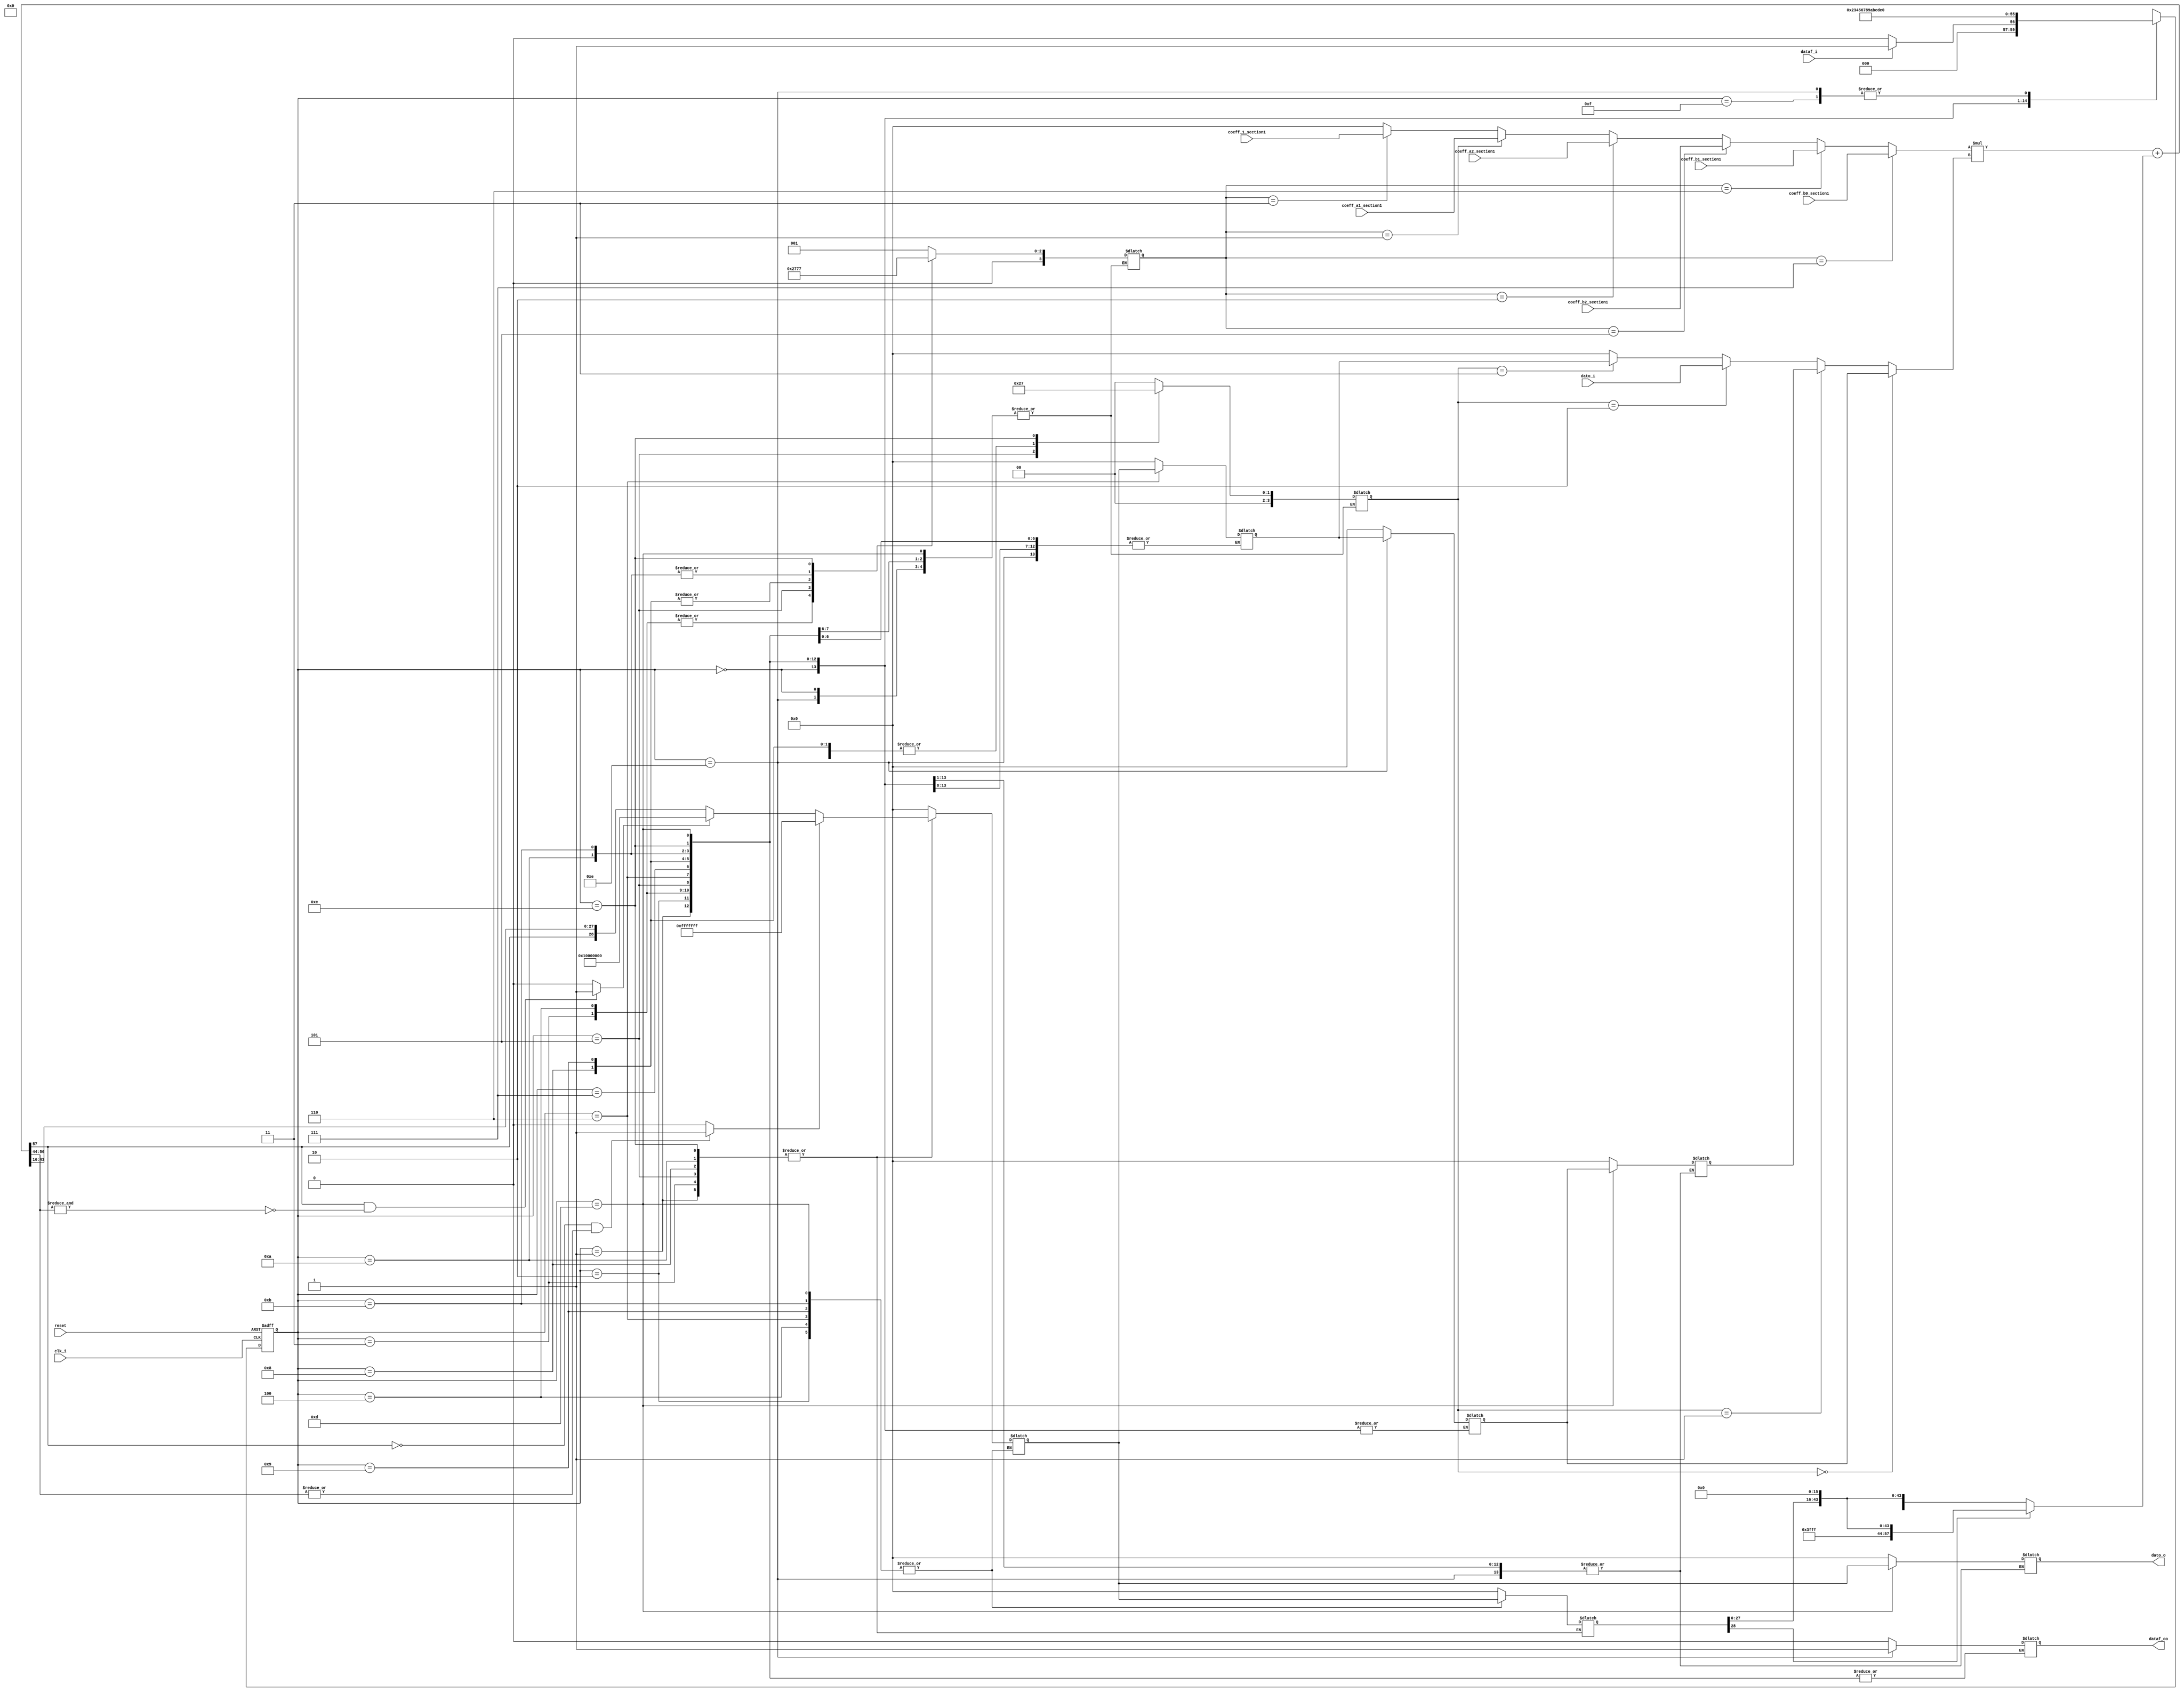
module FiltroPasa(dato_i,dato_o,clk_i,reset,dataf_i,dataf_oo, coeff_b0_section1 ,coeff_b1_section1 , coeff_b2_section1 ,coeff_a1_section1 ,coeff_a2_section1 ,coeff_1_section1


    );
	 output wire dataf_oo;
	 reg dataf_o;
	 input wire clk_i;
	 input dataf_i;
	 input wire reset;
	 
	 input wire signed [WIDTH-1:0] coeff_b0_section1;
	 input wire signed [WIDTH-1:0] coeff_b1_section1;
	 input wire signed [WIDTH-1:0] coeff_b2_section1;
	 input wire signed [WIDTH-1:0] coeff_a1_section1;
	 input wire signed [WIDTH-1:0] coeff_a2_section1;
	 input wire signed [WIDTH-1:0] coeff_1_section1;
	 
	 parameter FRA=16;
	 parameter INT=12;
	 parameter WIDTH=29;
	 //A[]=S[1],E[12],F[16] 
	 
	 reg signed [WIDTH-1:0] Reg1,Reg2;
	 wire overflow, underflow;
	 reg [3:0] muxselect1, muxselect2;
	 wire signed [2*WIDTH-1:0] result_mul_sum;
	 wire signed [2*WIDTH-1:0] result_concatenation;
	 wire signed  [WIDTH-1:0] truncate ;
	 reg signed  [WIDTH-1:0]Regacu;
	 input signed  [WIDTH-1:0] dato_i;
	 reg signed  [WIDTH-1:0] f_k, y_k;
	 wire signed [WIDTH-1:0]out1,out2;
	 output wire signed[WIDTH-1:0]dato_o;
	 //reg [WIDTH-1:0] Regacu;   /// System Accumulator
	 reg signed [WIDTH-1:0] Regsum;   /// System Accumulator
	 ///////////////////////////////////////////////////////////////
	 reg [3:0] state_reg, state_next;
	 localparam[3:0]
		state_start=4'b0000, 
		state_m1=4'b0001, state_m1_1=4'b0010,
		state_m2=4'b0011,  state_m2_2=4'b0100,
		state_m3=4'b0101, state_f_k=4'b0110, state_clean=4'b0111,
		state_m4=4'b1000, state_m4_4=4'b1001,
		state_m5=4'b1010, state_m5_5=4'b1011,
		state_m6=4'b1100, state_RegChange1=4'b1101,
		state_RegChange2=4'b1110, state_reset=4'b1111;
//////////////////////Parameter/////////////////////////////////
///PONER VARIABLES CORREGIDAS, CON ANCHO NUEVO
		 /* parameter signed [WIDTH-1:0] coeff_b0_section1 = 29'sb00000000000000000000000001101; //sfix28_En26
		  parameter signed [WIDTH-1:0] coeff_b1_section1 =   29'sb00000000000000000000000011010; //sfix28_En26
		  parameter signed [WIDTH-1:0] coeff_b2_section1 =   29'sb00000000000000000000000001101; //sfix28_En26
		  parameter signed [WIDTH-1:0] coeff_a1_section1 =   29'sb00000000000001111010111100011; //sfix28_En29
		  parameter signed [WIDTH-1:0] coeff_a2_section1 =   29'sb11111111111100000101000111101; //sfix28_En29		
		  parameter signed [WIDTH-1:0] coeff_1_section1 =    29'sb00000000000010000000000000000; //sfix28_En29	*/		
///////////////////MUX 1 /////////////////////////////////////////


	assign out1= (muxselect1==3'b111) ? coeff_b0_section1:
					 (muxselect1==3'b110) ? coeff_b1_section1:
					 (muxselect1==3'b101) ? coeff_b2_section1:
					 (muxselect1==3'b010) ? coeff_a2_section1:
					 (muxselect1==3'b001) ? coeff_a1_section1:
					 (muxselect1==3'b011) ? coeff_1_section1:
					 29'sb0;
					 
////////////////////MUX 2 //////////////////////////////////////////
	assign out2 =(muxselect2==3'b000) ? Reg1:
					 (muxselect2==3'b001) ? Reg2:
					 (muxselect2==3'b010) ? dato_i:
					 (muxselect2==3'b011) ? f_k:
					 29'sb0;
//////////////////////////////////////////////////////////////////////		
///////////////////////////////////////////////////////////////////////////////////////////////////////////////////////
//***********************Banderas************************************************************************************
	assign overflow = (~result_mul_sum[2*WIDTH-1] && |result_mul_sum[2*WIDTH-2:2*WIDTH-2-INT]) ? 1'b1  :  1'b0;//GENERA BANDERA DE OVERFLOW
	assign underflow = (result_mul_sum[2*WIDTH-1] && ~(&result_mul_sum[2*WIDTH-2:2*WIDTH-2-INT])) ? 1'b1  :  1'b0; //GENERA BANDERA DE UNDERFLOW
//*******************************Redondeo y truncamiento******************************************************//
	assign truncate= (overflow) ?  (29'sh0fffffff) :
							(underflow) ? (29'sh10000000) :
							$signed({result_mul_sum[2*WIDTH-1],result_mul_sum[2*WIDTH-INT-3:2*WIDTH-2*INT-2],result_mul_sum[2*WIDTH-2*INT-3:2*WIDTH-2*INT-FRA-2]});	
///////////////////ojo con el regacu//////////////////////////////////
	
	//assign regacu=truncate;
	assign dato_o=y_k;
	assign dataf_oo=dataf_o;
	
	assign result_concatenation=(Regacu[WIDTH-1]==1'b0)? $signed({14'h0,Regacu[WIDTH-2:0],16'b0}):$signed({14'h3fff,Regacu[WIDTH-2:0],16'b0});  
	//assign y_k=regacu;
//Module Arithmetic operation
	assign result_mul_sum=  out1*out2+result_concatenation;


////////////////////////////////////////////////////////////////////////////////////////////////////////////////////////
//////////////////////////////////////// ------control-------///////////////////////////////////////////////////////////
////////////////////////////////////////////////////////////////////////////////////////////////////////////////////////
always @(posedge clk_i,posedge reset) 
			begin 
				if(reset)
					begin
						state_reg <=state_reset;
					end
				else
					state_reg  <= state_next;
			end
			
			//State Machine	
 /*assign Sum_add_cast = {{7{In1[24]}}, In1};
  assign Sum_add_cast_1 = {{7{In2[24]}}, In2};
  assign Sum_add_temp = Sum_add_cast + Sum_add_cast_1;
  assign Sum_out1 = ((Sum_add_temp[31] == 1'b0) && (Sum_add_temp[30:24] != 7'b0000000) ? 25'sb0111111111111111111111111 :
              ((Sum_add_temp[31] == 1'b1) && (Sum_add_temp[30:24] != 7'b1111111) ? 25'sb1000000000000000000000000 :
              $signed(Sum_add_temp[24:0])));

  assign Out1 = Sum_out1;			*/
////////////////////////////////////////////////////////////////////////////////////////////
			always @* 
			begin
					//state_reg=state_next;
					state_next=state_reg;
					case(state_reg)
						state_reset: 
							begin
								dataf_o=1'b0;
								Reg1=29'b0;
								Reg2=29'b0;
								Regacu=29'b0;
								Regsum=29'b0;
                        f_k=29'b0;
								y_k=29'b0;
								state_next=state_start;
							end					
						state_start: 
							begin
								dataf_o=1'b0;
								Regacu=29'b0;
								Regsum=29'b0;
								if(dataf_i)
									state_next=state_m1;
								else
									state_next=state_start;
							end
						state_m1:
							begin
								//MUX target 
								muxselect1=3'b001;
								muxselect2=3'b000;
								//save data
								Regsum=truncate;
								//next state
								state_next=state_m1_1;
							end
						state_m1_1:
							begin
								//MUX target 
								muxselect1=3'b001;
								muxselect2=3'b000;
								//save data
								Regacu=Regsum;
								//next state
								state_next=state_m2;
							end
						state_m2:
							begin
								//MUX target 
								muxselect1=3'b010;
								muxselect2=3'b001;
								//save data
								Regsum=truncate;
								state_next=state_m2_2;
							end
						state_m2_2:
							begin
								//MUX target 
								muxselect1=3'b010;
								muxselect2=3'b001;
								//save data
								Regacu=Regsum;
								state_next=state_m3;
							end

						state_m3:
							begin
								//MUX target 
								muxselect1=3'b011;
								muxselect2=3'b010;
								//save data
								Regsum=truncate;
								//next state
								state_next=state_f_k;
							end
						state_f_k:
							begin
								//MUX target dont change
								//save data
								f_k=Regsum;
								Regacu=Regsum;
								//next state
								state_next=state_clean;
							end
						state_clean:
							begin
								Regacu=29'b0;
								Regsum=29'b0;
								state_next=state_m4;
							end
						state_m4:
							begin
								//MUX target 
								muxselect1=3'b101;
								muxselect2=3'b001;
								//save data
								Regsum=truncate;
								
								//next state
								state_next=state_m4_4;
							end
						state_m4_4:
							begin
								//MUX target 
								muxselect1=3'b101;
								muxselect2=3'b001;
								//save data
								Regacu=Regsum;
								
								//next state
								state_next=state_m5;
							end
						state_m5:
							begin
								//MUX target 
								muxselect1=3'b110;
								muxselect2=3'b000;
								//save data
								Regsum=truncate;
								//next state
								state_next=state_m5_5;
							end
						state_m5_5:
							begin
								//MUX target 
								muxselect1=3'b110;
								muxselect2=3'b000;
								//save data
								Regacu=Regsum;
								//next state
								state_next=state_m6;
							end
						state_m6:
							begin
								//MUX target 
								muxselect1=3'b111;
								muxselect2=3'b011;
								//save data
								Regsum=truncate;
								//next state
								state_next=state_RegChange1;
							end
							
						state_RegChange1:
							begin
								
								//Move register
								Reg2=Reg1;
								
								y_k=Regsum;
								Regacu=Regsum;
								//temp2=f_k;
								
								state_next=state_RegChange2;
							end
						state_RegChange2:
							begin
								//Move register
								Reg1=f_k;
								Regacu=29'b0;
								Regsum=29'b0;
								dataf_o=1'b1;
								state_next=state_start;
							end
					default state_next=state_start;
					endcase
			end
endmodule